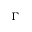
\Gamma